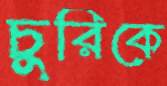
চুরিকে